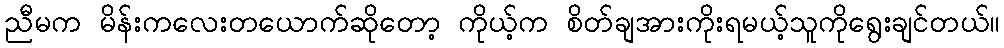
ညီမက မိန်းကလေးတယောက်ဆိုတော့ ကိုယ့်က စိတ်ချအားကိုးရမယ့်သူကိုရွေးချင်တယ်။